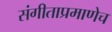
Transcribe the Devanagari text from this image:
संगीताप्रमाणेच